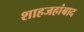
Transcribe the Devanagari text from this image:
शाहजहांबाद